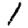
Digit: 1